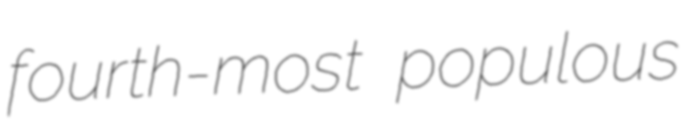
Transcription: fourth-most populous